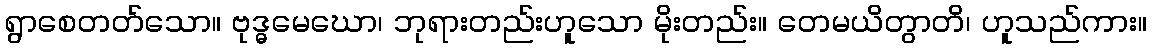
ရွာစေတတ်သော။ ဗုဒ္ဓမေဃော၊ ဘုရားတည်းဟူသော မိုးတည်း။ တေမယိတွာတိ၊ ဟူသည်ကား။